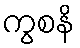
ကွစနိ